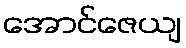
အောင်ဇေယျ